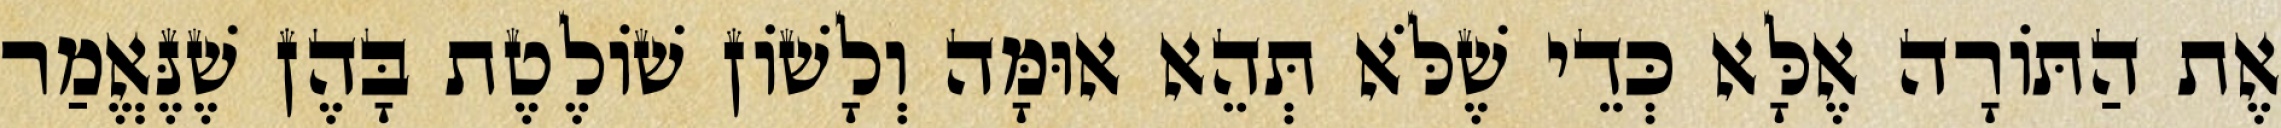
אֶת הַתּוֹרָה אֶלָּא כְּדֵי שֶׁלֹּא תְּהֵא אוּמָּה וְלָשׁוֹן שׁוֹלֶטֶת בָּהֶן שֶׁנֶּאֱמַר